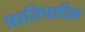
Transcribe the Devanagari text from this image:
प्रातिपादिक